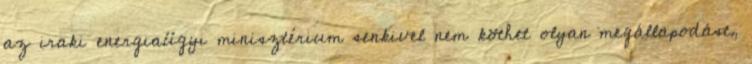
az iraki energiaügyi minisztérium senkivel nem köthet olyan megállapodást,